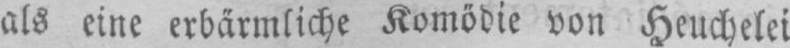
als eine erbärmliche Komödie von Heuchelei